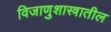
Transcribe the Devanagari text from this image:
विजाणुशास्त्रातील